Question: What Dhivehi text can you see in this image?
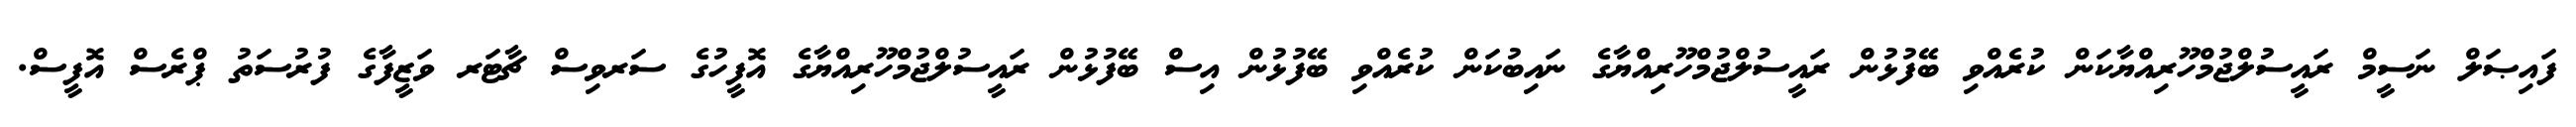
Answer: ފައިޞަލް ނަސީމް ރައީސުލްޖުމްހޫރިއްޔާކަން ކުރެއްވި ބޭފުޅުން ރައީސުލްޖުމްހޫރިއްޔާގެ ނައިބުކަން ކުރެއްވި ބޭފުޅުން އިސް ބޭފުޅުން ރައީސުލްޖުމްހޫރިއްޔާގެ އޮފީހުގެ ސަރވިސް ޗާޓަރ ވަޒީފާގެ ފުރުސަތު ޕްރެސް އޮފީސް.